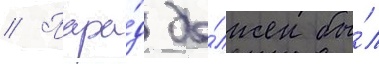
// Пара́д до́лжен бы́л